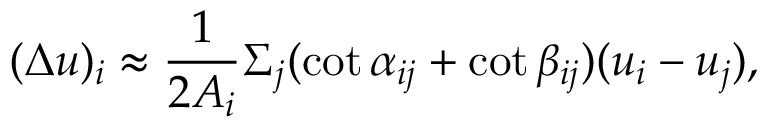
( \Delta u ) _ { i } \approx { \frac { 1 } { 2 A _ { i } } } \Sigma _ { j } ( \cot \alpha _ { i j } + \cot \beta _ { i j } ) ( u _ { i } - u _ { j } ) ,